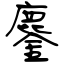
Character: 鏖